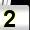
Digit: 2